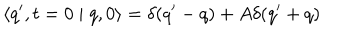
\langle q ^ { \prime } , t = 0 \mid q , 0 \rangle = \delta ( q ^ { \prime } - q ) + A \delta ( q ^ { \prime } + q )